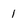
Character: 1